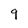
Character: 9